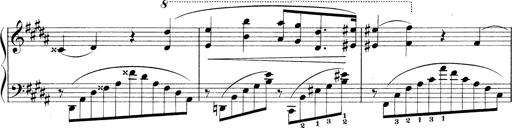
Title: 3 Ã‰tudes de concert
Composer: Franz Liszt